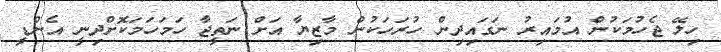
ހިލޭ ޖެހުމަކުން އުމައިރު ނަގައިދިން ހުރަހަކުން މާޒިޔާ އަށް ނަތީޖާ ހަމަހަމަކޮށްދިނީ އެންޑީ